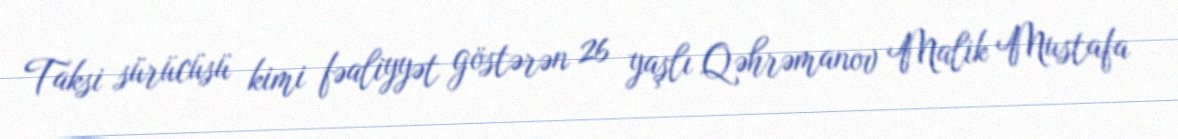
Taksi sürücüsü kimi fəaliyyət göstərən 26 yaşlı Qəhrəmanov Malik Mustafa